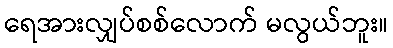
ရေအားလျှပ်စစ်လောက် မလွယ်ဘူး။